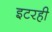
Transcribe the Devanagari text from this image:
इटरही